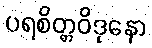
ပရစိတ္တဝိဒုနော